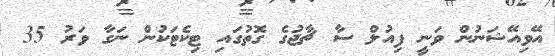
އޭވިއޭޝަނުން ވަނީ ފިއުލް ސާ ޗާޖުގެ ގޮތުގައި ޓިކެޓަކުން ނަގާ ވަރު 35